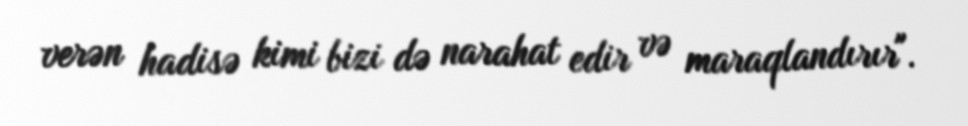
verən hadisə kimi bizi də narahat edir və maraqlandırır".